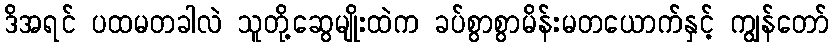
ဒိအရင် ပထမတခါလဲ သူတို့ဆွေမျိုးထဲက ခပ်စွာစွာမိန်းမတယောက်နှင့် ကျွန်တော်